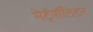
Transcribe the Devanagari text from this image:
मेट्रॅपॉलिटन